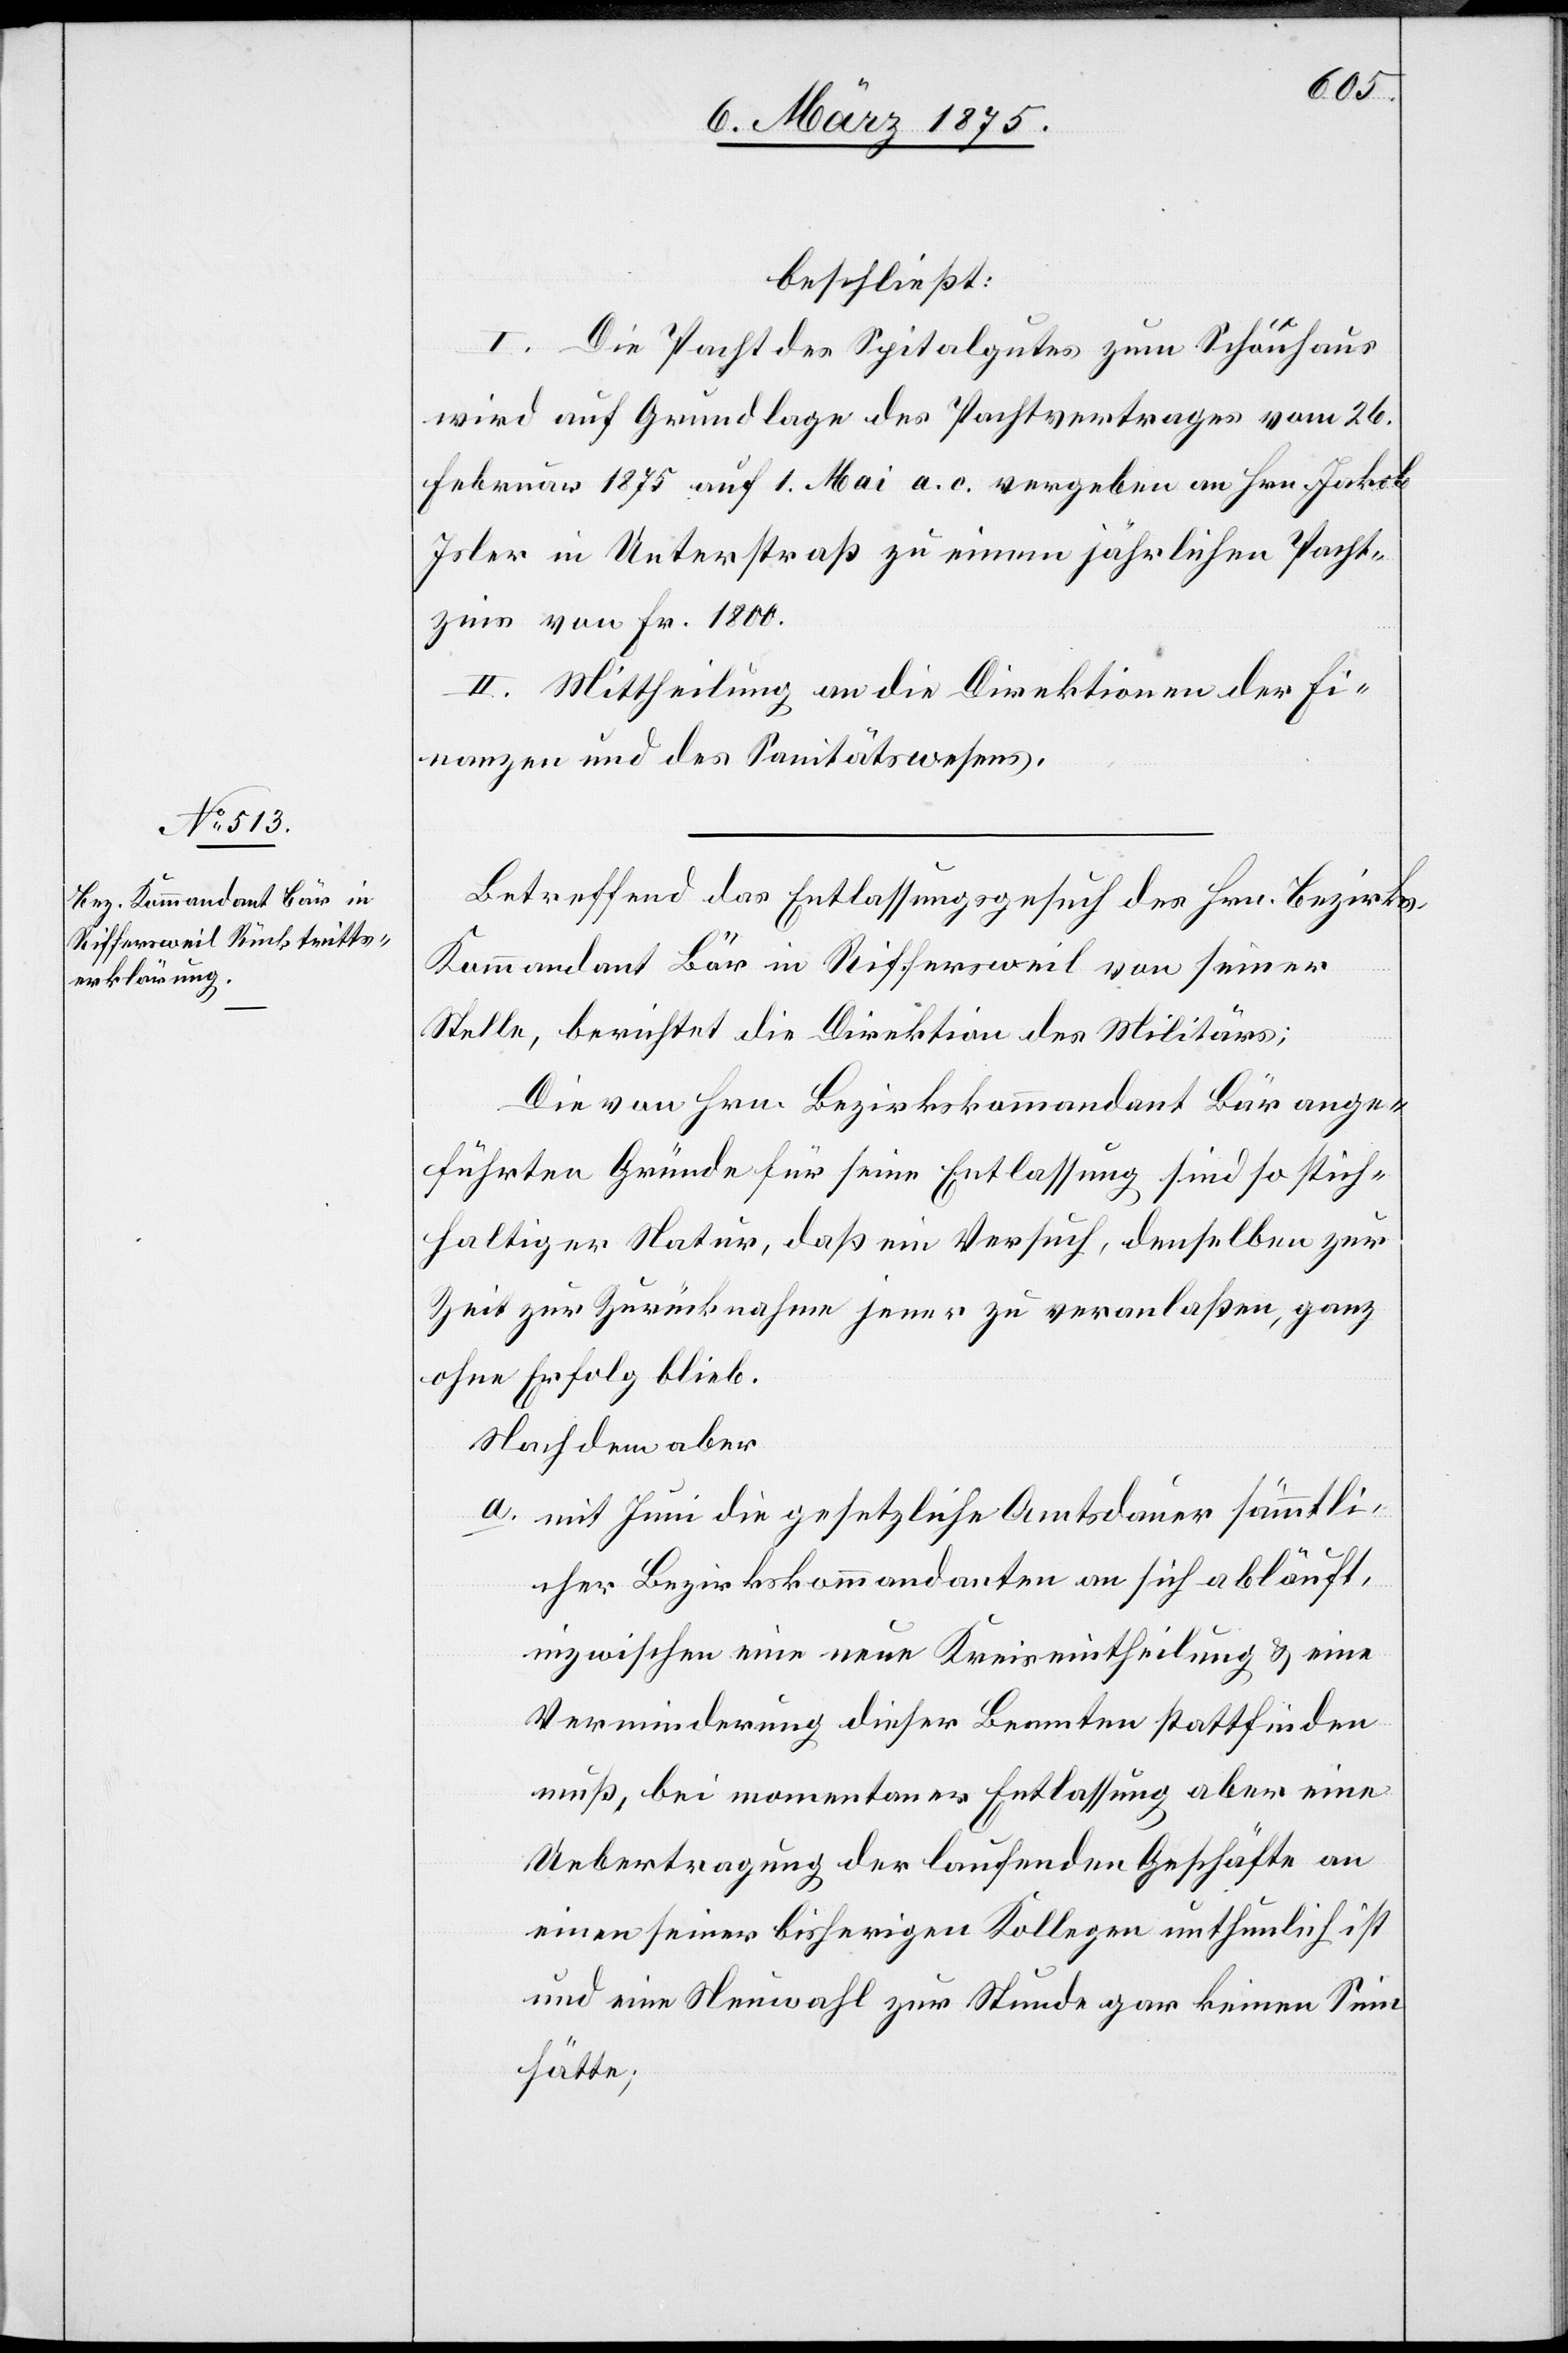
beschließt:
I. Die Pacht des Spitalgutes zum Schönhaus
wird auf Grundlage des Pachtvertrages vom 26.
Februar 1875 auf 1. Mai a. c. vergeben an Hrn. Jakob
Joler in Unterstraß zu einem jährlichen Pacht¬
zins von Fr. 1800.
II. Mittheilung an die Direktion der Fi¬
nanzen und des Sanitätswesens.
Betreffend des Entlassungsgesuch des Hrn. Bezirks¬
kommandant Bär in Rifferswil von seiner
Stelle, berichtet die Direktion des Militärs;
Die von Hrn. Bezirkskommandant Bär ange¬
führten Gründe für seine Entlassung sind so stich¬
haltiger Natur, daß ein Versuch, denselben zur
Zeit zur Zurücknahme jener zu veranlaßen, ganz
ohne Erfolg blieb.
Nachdem aber
a. mit Juni die gesetzliche Amtsdauer sämtli¬
cher Bezirkskommandanten an sich abläuft,
inzwischen eine neue Kreismittheilung & eine
Verminderung dieser Beamten stattfinden
muß, bei momentaner Entlassung aber eine
Uebertragung der laufenden Geschäft an
einen seiner bisherigen Kollegen unthunlich ist
und eine Neuwahl zur Stunde gar keinen Sinn
hätte;